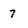
Character: 7